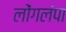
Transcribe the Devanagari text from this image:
लोंगलंपा